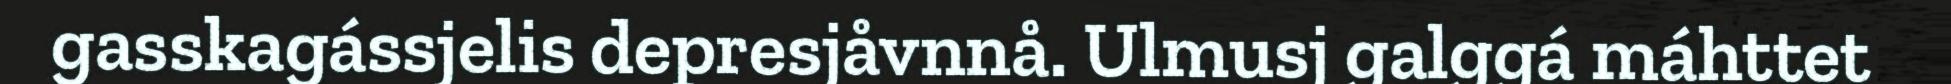
gasskagássjelis depresjåvnnå. Ulmusj galggá máhttet